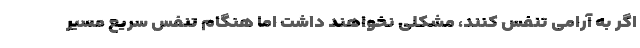
اگر به آرامی تنفس کنند، مشکلی نخواهند داشت اما هنگام تنفس سریع مسیر